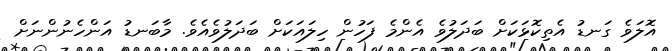
އޮލަވެ ގަނޑު އެތިކޮޅަކަށް ބަދަލުވެ އެންމެ ފަހުން ހިލައަކަށް ބަދަލުވެއެވެ. މާބަނޑު އަންހެނުންނަށް